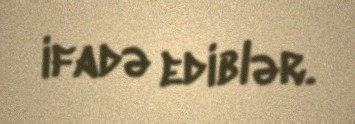
ifadə ediblər.